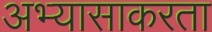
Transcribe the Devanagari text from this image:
अभ्यासाकरता